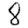
Digit: 8